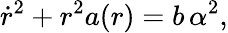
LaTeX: \dot{r}^{2}+r^{2}a(r)=b\, \alpha^{2},